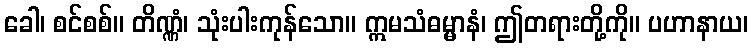
ခေါ၊ စင်စစ်။ တိဏ္ဏံ၊ သုံးပါးကုန်သော။ ဣမသံဓမ္မာနံ၊ ဤတရားတို့ကို။ ပဟာနာယ၊